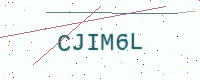
Text: CJIM6L